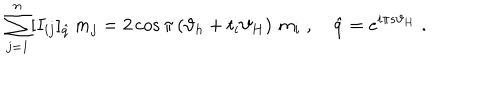
\sum _ { j = 1 } ^ { n } [ I _ { i j } ] _ { \hat { q } } \, m _ { j } = 2 \cos \pi \left( \vartheta _ { h } + t _ { i } \vartheta _ { H } \right) \, m _ { i } \; , \quad \hat { q } = e ^ { i \pi s \vartheta _ { H } } \; .